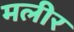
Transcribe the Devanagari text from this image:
मलीर